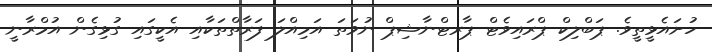
ހުށައެޅީތީވެ. ޕަބްލިކް ޕްރައިވެޓް ޕާރޓްނާޝިޕް ނުވަތަ އަމިއްލަ ފަރާތްތަކާއި އެކީގައި ގުޅިގެން އުމްރާނީ